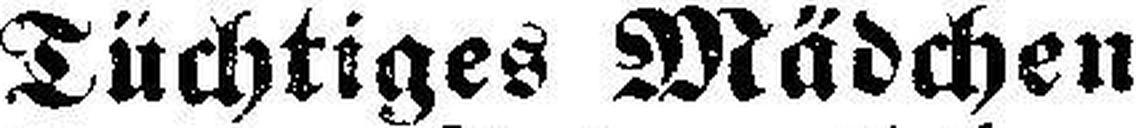
Tüchtiges Mädchen